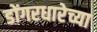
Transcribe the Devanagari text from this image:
डोंगरधारेच्या